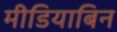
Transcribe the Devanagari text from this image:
मीडियाबिन